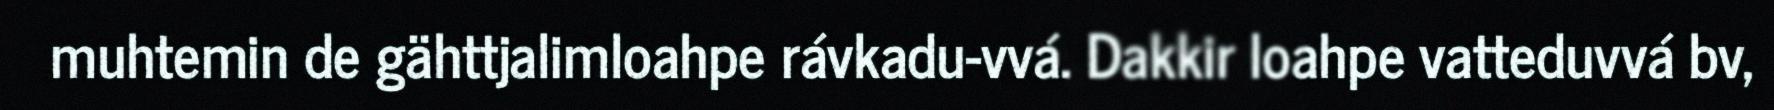
muhtemin de gähttjalimloahpe rávkadu-vvá. Dakkir loahpe vatteduvvá bv,